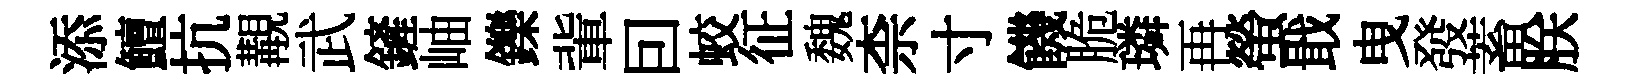
添鱣抗覯武鏟岫鑠軰囙蛟征魏柰寸饑脆璘再螢戢曳發蓄朕